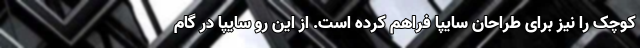
کوچک را نیز برای طراحان سایپا فراهم کرده است. از این رو سایپا در گام